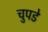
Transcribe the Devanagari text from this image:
चुपडे